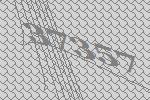
37357